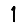
Digit: 1